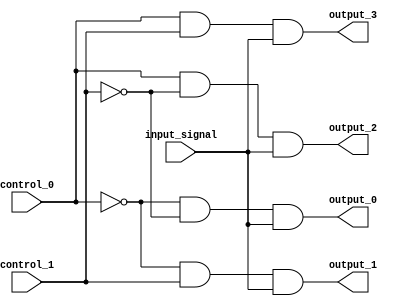
module demux_2to4(
    input wire control_0,
    input wire control_1,
    input wire input_signal,
    output reg output_0,
    output reg output_1,
    output reg output_2,
    output reg output_3
);

always @(*) begin
        output_0 = (~control_0) & (~control_1) & input_signal;
        output_1 = (~control_0) & control_1 & input_signal;
        output_2 = control_0 & (~control_1) & input_signal;
        output_3 = control_0 & control_1 & input_signal;
end

endmodule